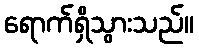
ရောက်ရှိသွားသည်။